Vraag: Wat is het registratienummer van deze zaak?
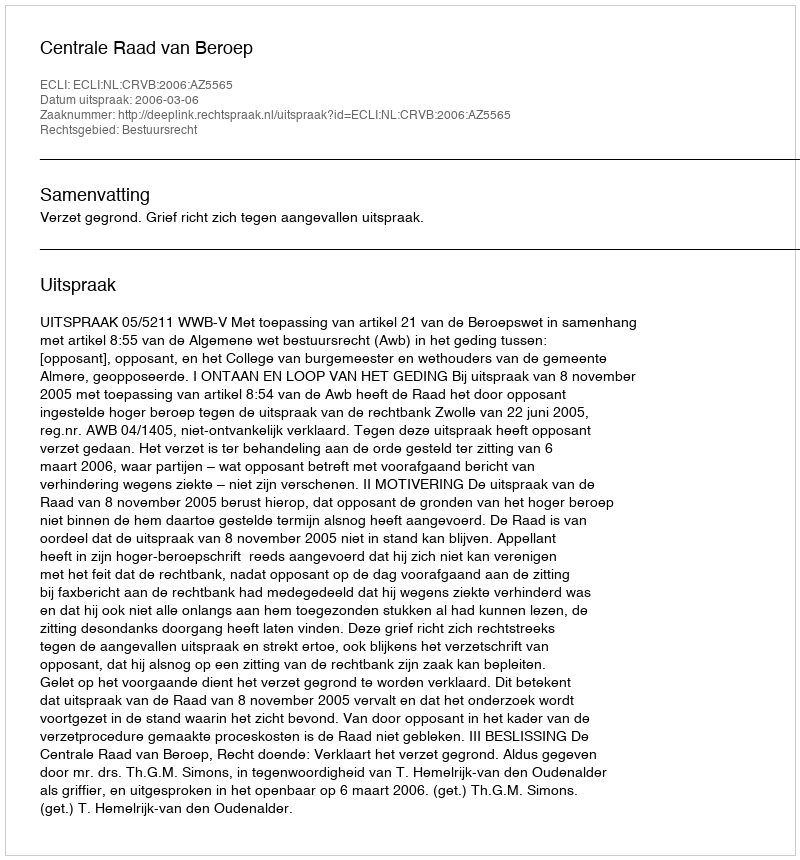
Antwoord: http://deeplink.rechtspraak.nl/uitspraak?id=ECLI:NL:CRVB:2006:AZ5565